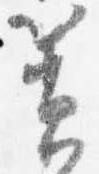
簀